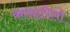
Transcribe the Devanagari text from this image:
कासटीलो